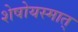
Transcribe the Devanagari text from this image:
शेषोयस्मात्